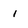
Character: i